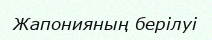
Жапонияның берілуі